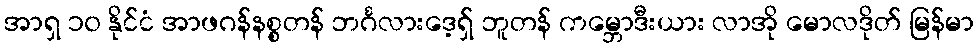
အာရှ ၁၀ နိုင်ငံ အာဖဂန်နစ္စတန် ဘင်္ဂလားဒေ့ရှ် ဘူတန် ကမ္ဘောဒီးယား လာအို မောလဒိုတ် မြန်မာ